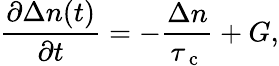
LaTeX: \frac{\partial\Delta n(t)}{\partial t}=-\frac{\Delta n}{\tau_{\mathrm{~c~}}}+G,